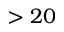
> 2 0